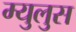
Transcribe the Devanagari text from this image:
म्युलुस